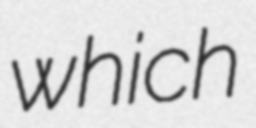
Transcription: which